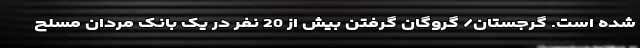
شده است. گرجستان/ گروگان گرفتن بیش از 20 نفر در یک بانک مردان مسلح